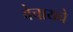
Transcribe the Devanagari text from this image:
वेचायचे